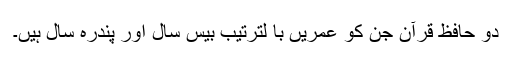
دو حافظ قرآن جن کو عمریں با لترتیب بیس سال اور پندرہ سال ہیں۔